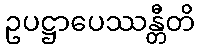
ဥပဋ္ဌာပေဿန္တီတိ